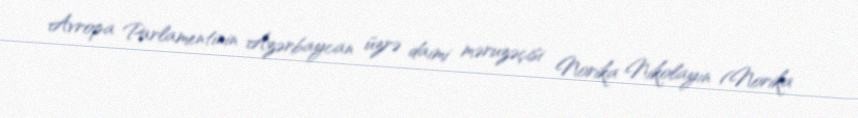
Avropa Parlamentinin Azərbaycan üzrə daimi məruzəçisi Norika Nikolayın (Norika